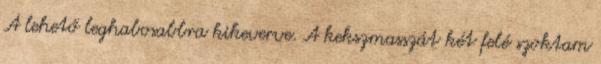
A lehető leghabosabbra kikeverve. A kekszmasszát két felé szoktam